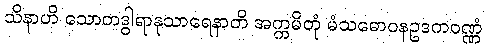
သိနာဟိ သောတဒွါရာနုသာရေနာတိ အက္ကမိတုံ မံသဓောဝနဥဒကဝဏ္ဏံ